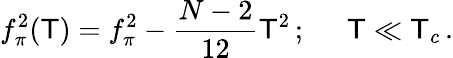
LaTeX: f_{\pi}^{2}(\mathsf{T})=f_{\pi}^{2}-{\frac{{N-2}}{{12}}}\mathsf{T}^{2}\, ;\; \; \; \; \; \mathsf{T}\ll\mathsf{T}_{c}\, .